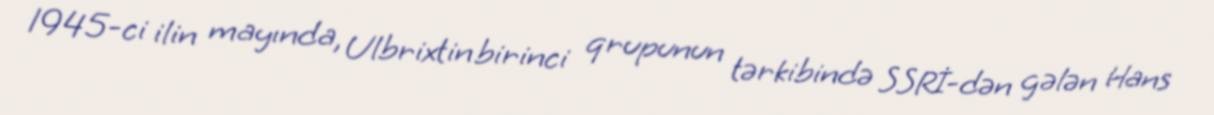
1945-ci ilin mayında, Ulbrixtin birinci qrupunun tərkibində SSRİ-dən gələn Hans